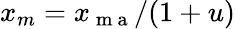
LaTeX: x_{m}=x_{\mathrm{~m~a~}}/(1+u)